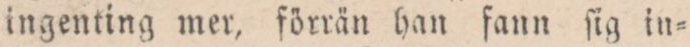
ingenting mer, förrän han ſann ſig in=